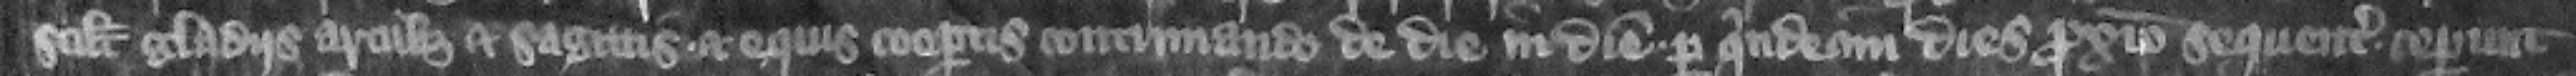
scilicet gladiis arcubus et sagittis et equis coopertis continuando de die in diem per quindecim dies proximo sequentes ceperunt